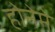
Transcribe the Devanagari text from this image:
होनेमे